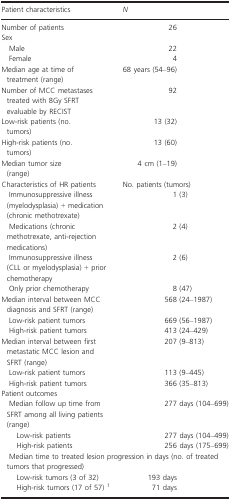
<table><thead><tr><td><b>Patient characteristics</b></td><td><b><i>N</i></b></td></tr></thead><tbody><tr><td>Number of patients</td><td>26</td></tr><tr><td colspan="2">Sex</td></tr><tr><td> Male</td><td>22</td></tr><tr><td> Female</td><td>4</td></tr><tr><td>Median age at time of treatment (range)</td><td>68 years (54–96)</td></tr><tr><td>Number of MCC metastases treated with 8Gy SFRT evaluable by RECIST</td><td>92</td></tr><tr><td>Low-risk patients (no. tumors)</td><td>13 (32)</td></tr><tr><td>High-risk patients (no. tumors)</td><td>13 (60)</td></tr><tr><td>Median tumor size (range)</td><td>4 cm (1–19)</td></tr><tr><td>Characteristics of HR patients</td><td>No. patients (tumors)</td></tr><tr><td> Immunosuppressive illness (myelodysplasia) + medication (chronic methotrexate)</td><td>1 (3)</td></tr><tr><td> Medications (chronic methotrexate, anti-rejection medications)</td><td>2 (4)</td></tr><tr><td> Immunosuppressive illness (CLL or myelodysplasia) + prior chemotherapy</td><td>2 (6)</td></tr><tr><td> Only prior chemotherapy</td><td>8 (47)</td></tr><tr><td>Median interval between MCC diagnosis and SFRT (range)</td><td>568 (24–1987)</td></tr><tr><td> Low-risk patient tumors</td><td>669 (56–1987)</td></tr><tr><td> High-risk patient tumors</td><td>413 (24–429)</td></tr><tr><td>Median interval between first metastatic MCC lesion and SFRT (range)</td><td>207 (9–813)</td></tr><tr><td> Low-risk patient tumors</td><td>113 (9–445)</td></tr><tr><td> High-risk patient tumors</td><td>366 (35–813)</td></tr><tr><td colspan="2">Patient outcomes</td></tr><tr><td> Median follow up time from SFRT among all living patients (range)</td><td>277 days (104–699)</td></tr><tr><td>Low-risk patients</td><td>277 days (104–499)</td></tr><tr><td>High-risk patients</td><td>256 days (175–699)</td></tr><tr><td colspan="2"> Median time to treated lesion progression in days (no. of treated tumors that progressed)</td></tr><tr><td>Low-risk tumors (3 of 32)</td><td>193 days</td></tr><tr><td>High-risk tumors (17 of 57) 1</td><td>71 days</td></tr></tbody></table>